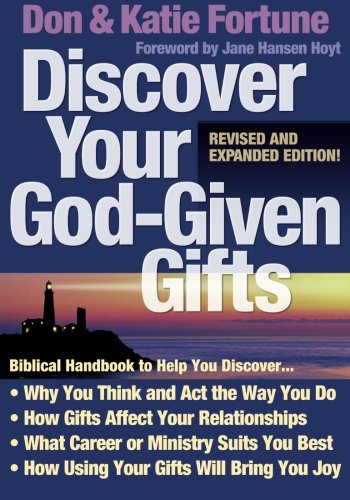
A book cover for Discover Your God-Given Gifts; Don Fortune; Christian Books & Bibles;